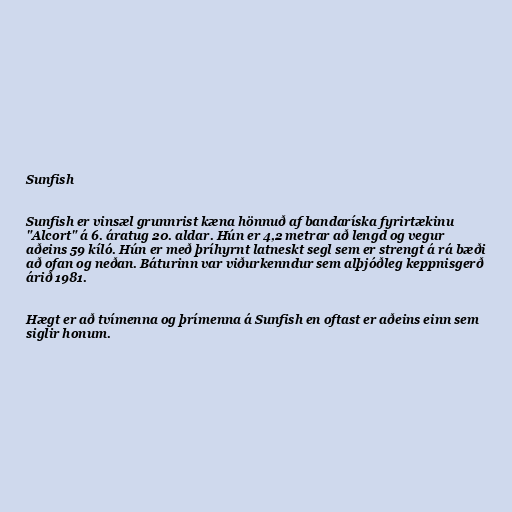
Sunfish

Sunfish er vinsæl grunnrist kæna hönnuð af bandaríska fyrirtækinu
"Alcort" á 6. áratug 20. aldar. Hún er 4,2 metrar að lengd og vegur
aðeins 59 kíló. Hún er með þríhyrnt latneskt segl sem er strengt á rá bæði
að ofan og neðan. Báturinn var viðurkenndur sem alþjóðleg keppnisgerð
árið 1981.

Hægt er að tvímenna og þrímenna á Sunfish en oftast er aðeins einn sem
siglir honum.